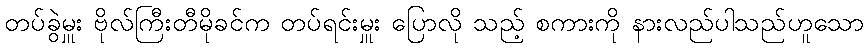
တပ်ခွဲမှူး ဗိုလ်ကြီးတီမိုခင်က တပ်ရင်းမှူး ပြောလို သည့် စကားကို နားလည်ပါသည်ဟူသော